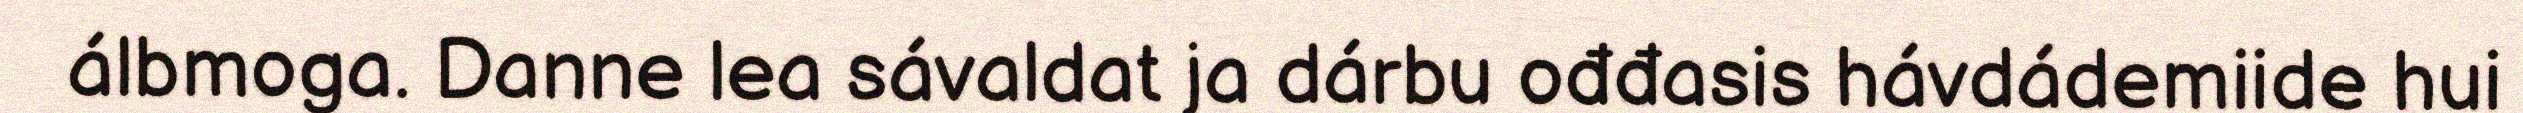
álbmoga. Danne lea sávaldat ja dárbu ođđasis hávdádemiide hui